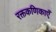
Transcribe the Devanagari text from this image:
रक्तकणिकाएँ